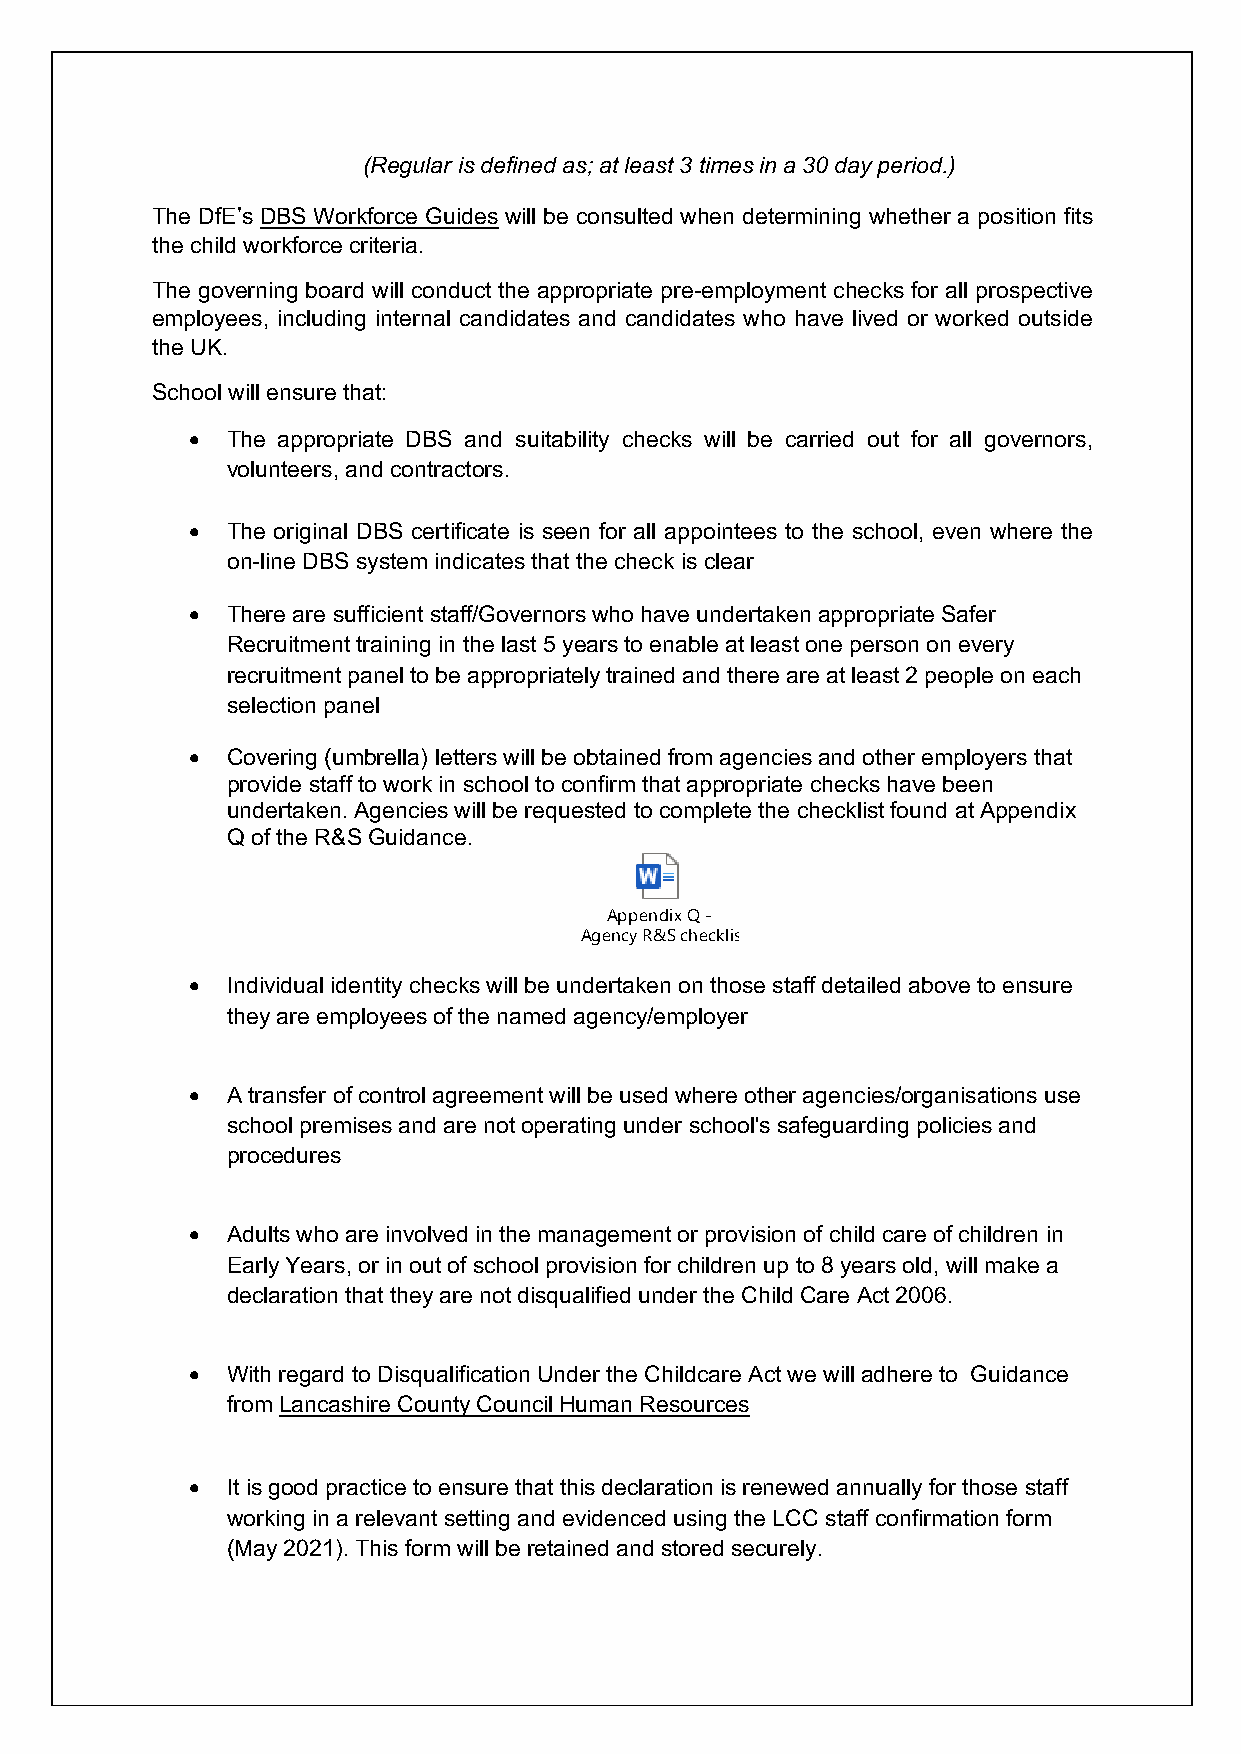
(Regular is defined as; at least 3 times in a 30 day period.)
 The DfE’s DBS Workforce Guides will be consulted when determining whether a position fits
 the child workforce criteria.
 The governing board will conduct the appropriate pre-employment checks for all prospective
 employees, including internal candidates and candidates who have lived or worked outside
 the UK.
 School will ensure that:
 • The appropriate DBS and suitability checks will be carried out for all governors,
 volunteers, and contractors.
 • The original DBS certificate is seen for all appointees to the school, even where the
 on-line DBS system indicates that the check is clear
 • There are sufficient staff/Governors who have undertaken appropriate Safer
 Recruitment training in the last 5 years to enable at least one person on every
 recruitment panel to be appropriately trained and there are at least 2 people on each
 selection panel
 • Covering (umbrella) letters will be obtained from agencies and other employers that
 provide staff to work in school to confirm that appropriate checks have been
 undertaken. Agencies will be requested to complete the checklist found at Appendix
 Q of the R&S Guidance.
 Appendix Q -
 Agency R&S checklis t April 2021.docx
 • Individual identity checks will be undertaken on those staff detailed above to ensure
 they are employees of the named agency/employer
 • A transfer of control agreement will be used where other agencies/organisations use
 school premises and are not operating under school's safeguarding policies and
 procedures
 • Adults who are involved in the management or provision of child care of children in
 Early Years, or in out of school provision for children up to 8 years old, will make a
 declaration that they are not disqualified under the Child Care Act 2006.
 • With regard to Disqualification Under the Childcare Act we will adhere to Guidance
 from Lancashire County Council Human Resources
 • It is good practice to ensure that this declaration is renewed annually for those staff
 working in a relevant setting and evidenced using the LCC staff confirmation form
 (May 2021). This form will be retained and stored securely.